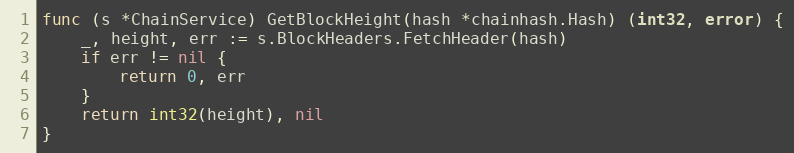
Language: Go
func (s *ChainService) GetBlockHeight(hash *chainhash.Hash) (int32, error) {
	_, height, err := s.BlockHeaders.FetchHeader(hash)
	if err != nil {
		return 0, err
	}
	return int32(height), nil
}